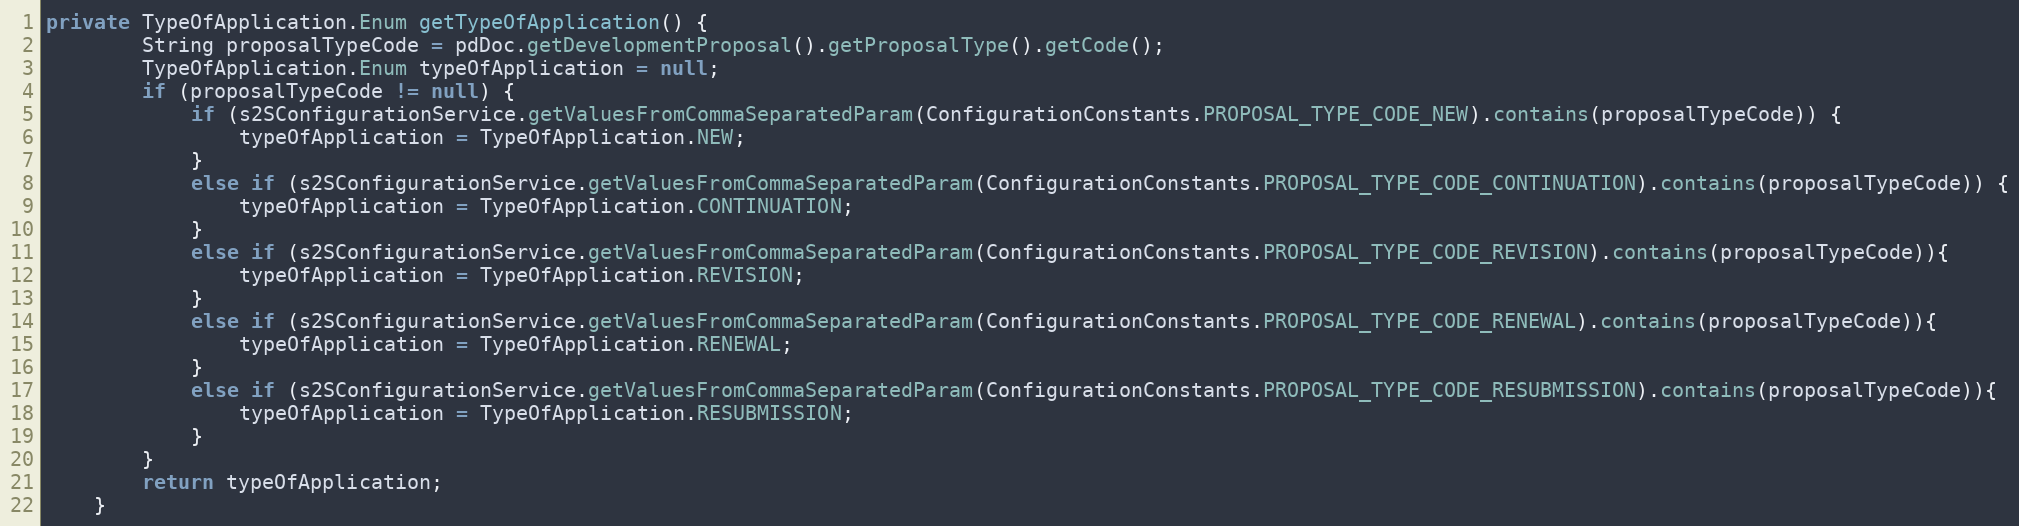
Language: Java
private TypeOfApplication.Enum getTypeOfApplication() {
        String proposalTypeCode = pdDoc.getDevelopmentProposal().getProposalType().getCode();
        TypeOfApplication.Enum typeOfApplication = null;
        if (proposalTypeCode != null) {
            if (s2SConfigurationService.getValuesFromCommaSeparatedParam(ConfigurationConstants.PROPOSAL_TYPE_CODE_NEW).contains(proposalTypeCode)) {
                typeOfApplication = TypeOfApplication.NEW;
            }
            else if (s2SConfigurationService.getValuesFromCommaSeparatedParam(ConfigurationConstants.PROPOSAL_TYPE_CODE_CONTINUATION).contains(proposalTypeCode)) {
                typeOfApplication = TypeOfApplication.CONTINUATION;
            }
            else if (s2SConfigurationService.getValuesFromCommaSeparatedParam(ConfigurationConstants.PROPOSAL_TYPE_CODE_REVISION).contains(proposalTypeCode)){
                typeOfApplication = TypeOfApplication.REVISION;
            }
            else if (s2SConfigurationService.getValuesFromCommaSeparatedParam(ConfigurationConstants.PROPOSAL_TYPE_CODE_RENEWAL).contains(proposalTypeCode)){
                typeOfApplication = TypeOfApplication.RENEWAL;
            }
            else if (s2SConfigurationService.getValuesFromCommaSeparatedParam(ConfigurationConstants.PROPOSAL_TYPE_CODE_RESUBMISSION).contains(proposalTypeCode)){
                typeOfApplication = TypeOfApplication.RESUBMISSION;
            }
        }
        return typeOfApplication;
    }